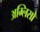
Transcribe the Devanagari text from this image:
अम्लिसो